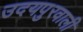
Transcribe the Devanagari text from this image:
उदयपुरवाली